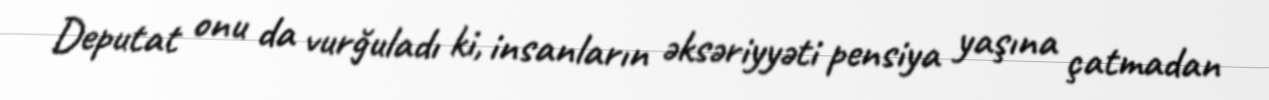
Deputat onu da vurğuladı ki, insanların əksəriyyəti pensiya yaşına çatmadan